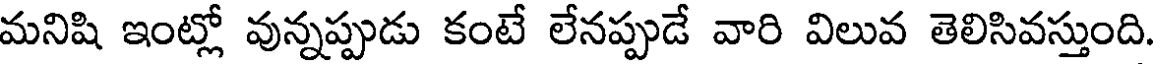
మనిషి ఇంట్లో వున్నప్పుడు కంటే లేనప్పుడే వారి విలువ తెలిసివస్తుంది